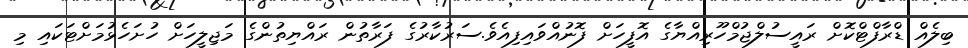
ބިލެއް ޑްރާފްޓްކޮށް ރައީސުލްޖުމްހޫރިއްޔާގެ އޮފީހަށް ފޮނުއްވައިފިއެވެ.ސަރުކާރުގެ ފަރާތުން ރައްޔިތުންގެ މަޖިލީހަށް ހުށަހެޅުމަށްޓަކައި މި